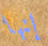
إنها